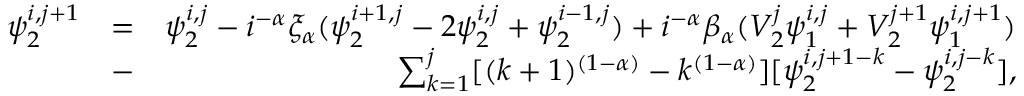
\begin{array} { r l r } { \psi _ { 2 } ^ { i , j + 1 } } & { = } & { \psi _ { 2 } ^ { i , j } - i ^ { - \alpha } \xi _ { \alpha } ( \psi _ { 2 } ^ { i + 1 , j } - 2 \psi _ { 2 } ^ { i , j } + \psi _ { 2 } ^ { i - 1 , j } ) + i ^ { - \alpha } \beta _ { \alpha } ( V _ { 2 } ^ { j } \psi _ { 1 } ^ { i , j } + V _ { 2 } ^ { j + 1 } \psi _ { 1 } ^ { i , j + 1 } ) } \\ & { - } & { \sum _ { k = 1 } ^ { j } [ ( k + 1 ) ^ { ( 1 - \alpha ) } - k ^ { ( 1 - \alpha ) } ] [ \psi _ { 2 } ^ { i , j + 1 - k } - \psi _ { 2 } ^ { i , j - k } ] , } \end{array}